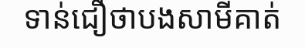
ទាន់ជឿថាបងសាមីគាត់